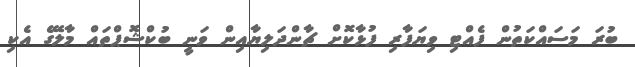
ބުރަ މަސައްކަތުން ފެއްޓި ވިޔަފާރި ފުޅާކޮށް ޗާންދަލިޔާއިން ވަނީ ބުކްޝޮޕްތައް މާލޭގެ އެކި